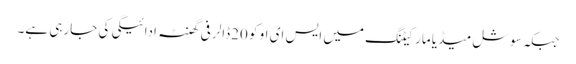
جبکہ سوشل میڈیا مارکیٹنگ میں ایس ای او کو 20ڈالر فی گھنٹہ ادائیگی کی جارہی ہے۔